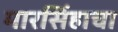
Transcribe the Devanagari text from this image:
मारसिंहाचा